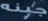
جبنه